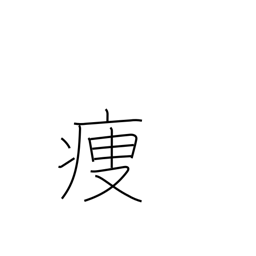
Meaning: get thin